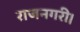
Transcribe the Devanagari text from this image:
राजनगरी।